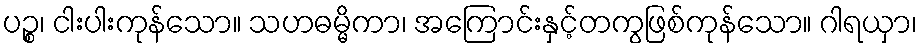
ပဉ္စ၊ ငါးပါးကုန်သော။ သဟဓမ္မိကာ၊ အကြောင်းနှင့်တကွဖြစ်ကုန်သော။ ဂါရယှာ၊